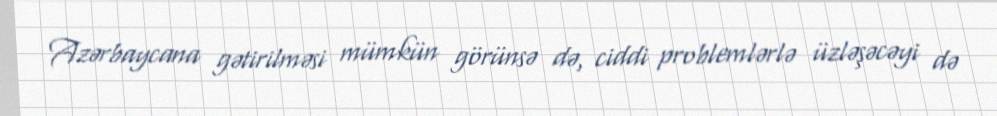
Azərbaycana gətirilməsi mümkün görünsə də, ciddi problemlərlə üzləşəcəyi də